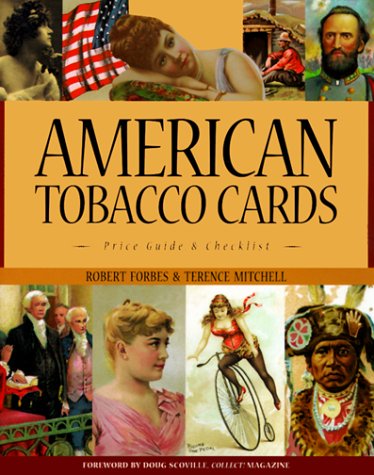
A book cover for American Tobacco Cards: A Price Guide and Checklist; Robert Forbes; Crafts, Hobbies & Home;